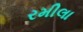
રમીલા